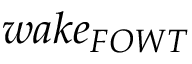
w a k e _ { F O W T }